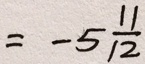
= - 5 \frac { 1 1 } { 1 2 }